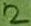
Text: 2